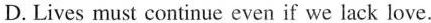
D. Lives must contiaue even if we lack love.